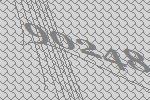
90248